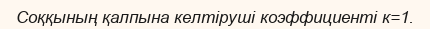
Соққының қалпына келтіруші коэффициенті к=1.